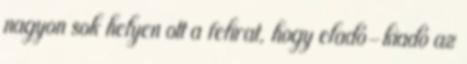
nagyon sok helyen ott a felirat, hogy eladó-kiadó az